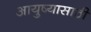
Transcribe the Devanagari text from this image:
आयुष्यासाठी